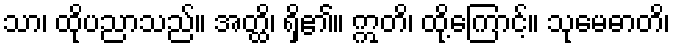
သာ၊ ထိုပညာသည်။ အတ္ထိ၊ ရှိ၏။ ဣတိ၊ ထို့ကြောင့်။ သုမေဓာတိ၊